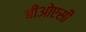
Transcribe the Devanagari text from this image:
बीओएसी